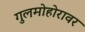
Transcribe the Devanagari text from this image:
गुलमोहोरावर